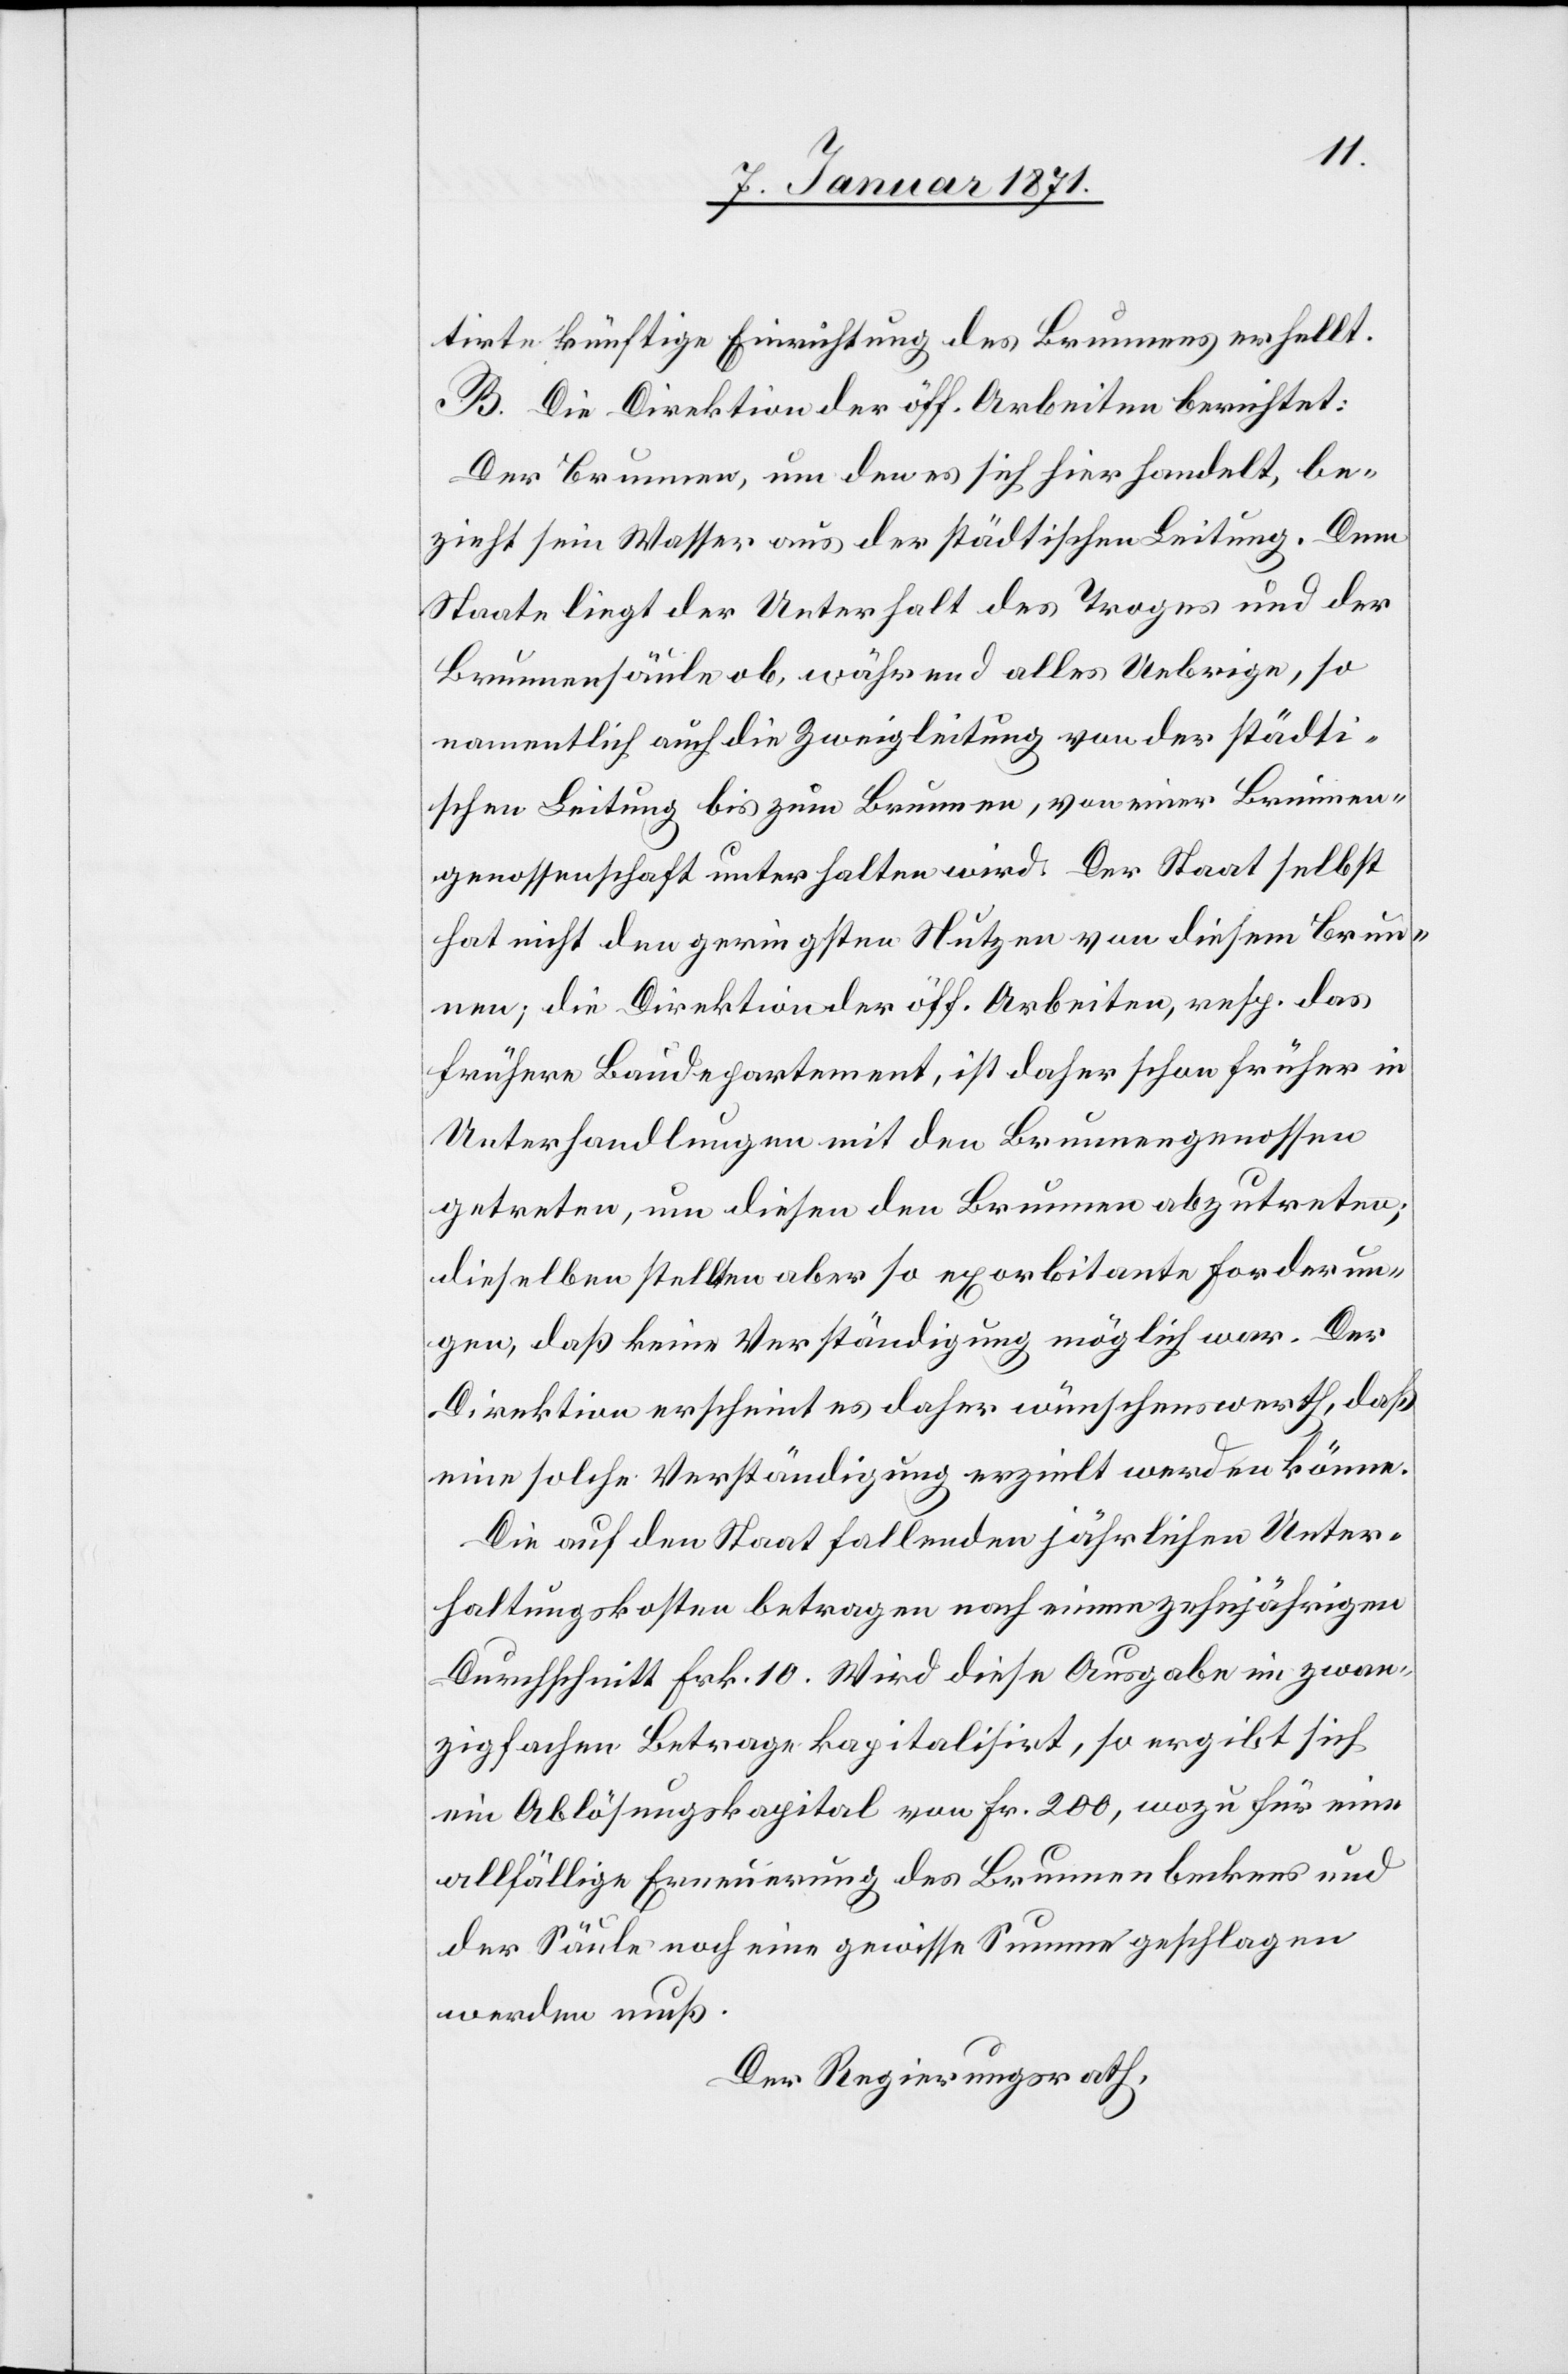
tirte künftige Einrichtung des Brunnens erhellt.
B. Die Direktion der öff. Arbeiten berichtet:
Der Brunnen, um den es sich hier handelt, be¬
zieht sein Wasser aus der städtischen Leitung. Dem
Staate liegt der Unterhalt des Troges und der
Brunnensäule ob, während alles Uebrige, so
namentlich auch die Zweigleitung von der städti¬
schen Leitung bis zum Brunnen, von einer Brunnen¬
genossenschaft unterhalten wird. Der Staat selbst
hat nicht den geringsten Nutzen von diesem Brun¬
nen; die Direktion der öff. Arbeiten, resp. das
frühere Baudepartement, ist daher schon früher in
Unterhandlungen mit den Brunnengenossen
getreten, um diesen den Brunnen abzutreten;
dieselben stellten aber so exorbitante Forderun¬
gen, daß keine Verständigung möglich war. Der
Direktion erscheint es daher wünschenswerth, daß
eine solche Verständigung erzielt werden könne.
Die auf den Staat fallenden jährlichen Unter¬
haltungskosten betragen nach einem zehnjährigen
Durchschnitt Frk. 10. Wird diese Ausgabe im zwan¬
zigfachen Betrage kapitalisirt, so ergibt sich
ein Ablösungskapital von Fr. 200, wozu für eine
allfällige Erneuerung des Brunnenbeckens und
der Säule noch eine gewisse Summe geschlagen
werden muß.
Der Regierungsrath,